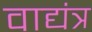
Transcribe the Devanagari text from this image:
वाद्यंत्र